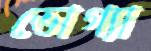
ভোগ্যা